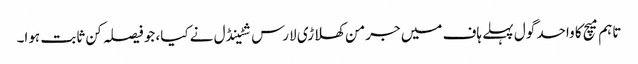
تاہم میچ کا واحد گول پہلے ہاف میں جرمن کھلاڑی لارس شٹینڈل نے کیا، جو فیصلہ کن ثابت ہوا۔